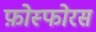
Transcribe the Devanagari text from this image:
फ़ोस्फोरस